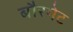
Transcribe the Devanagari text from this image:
बौरगेट